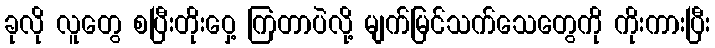
ခုလို လူတွေ စပြီးတိုးဝှေ့ ကြတာပဲလို့ မျက်မြင်သက်သေတွေကို ကိုးကားပြီး